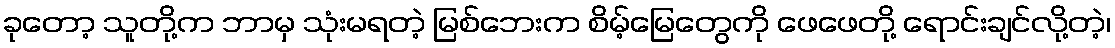
ခုတော့ သူတို့က ဘာမှ သုံးမရတဲ့ မြစ်ဘေးက စိမ့်မြေတွေကို ဖေဖေတို့ ရောင်းချင်လို့တဲ့၊